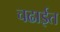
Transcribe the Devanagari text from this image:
चढाईत